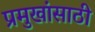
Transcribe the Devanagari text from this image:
प्रमुखांसाठी